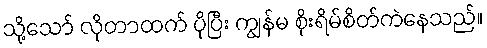
သို့သော် လိုတာထက် ပိုပြီး ကျွန်မ စိုးရိမ်စိတ်ကဲနေသည်။